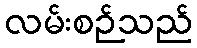
လမ်းစဉ်သည်